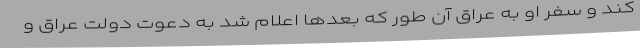
کند و سفر او به عراق آن طور که بعدها اعلام شد به دعوت دولت عراق و